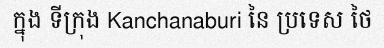
ក្នុង ទីក្រុង Kanchanaburi នៃ ប្រទេស ថៃ